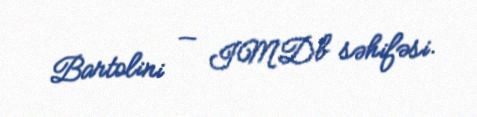
Bartolini — IMDb səhifəsi.